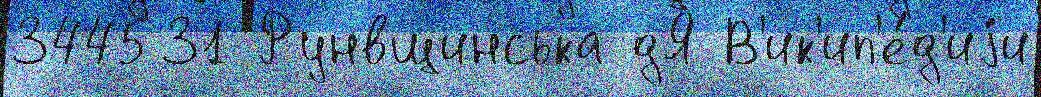
344531 Рунвщинська дЯ В'ик'ип'е́д'иjи